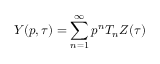
Y ( p , \tau ) = \sum _ { n = 1 } ^ { \infty } p ^ { n } T _ { n } Z ( \tau )